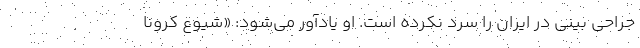
جراحی بینی در ایران را سرد نکرده است. او یادآور می‌شود: «شیوع کرونا